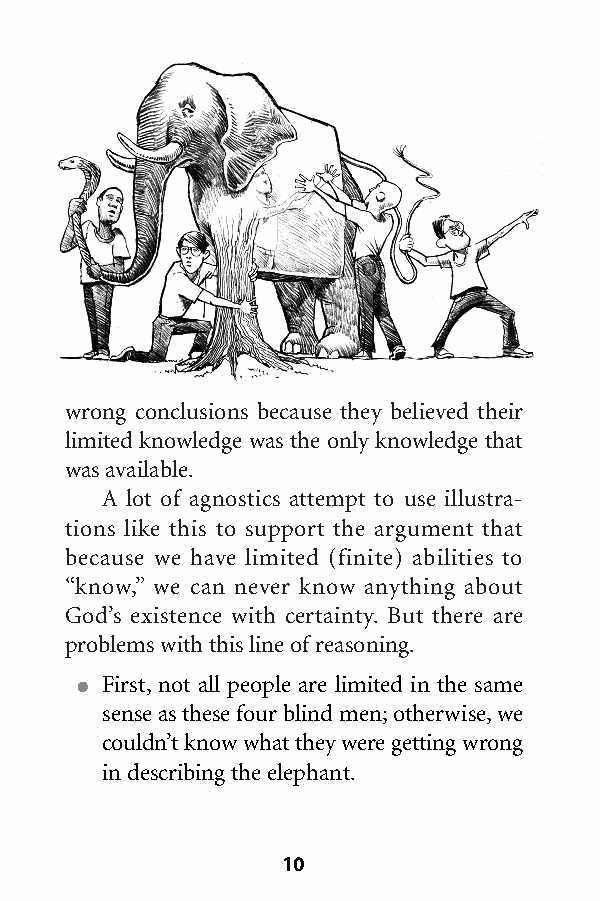
wrong conclusions because they believed their
 limited knowledge was the only knowledge that
 was available.
 A lot of agnostics attempt to use illustra-
 tions like this to support the argument that
 because we have limited (finite) abilities to
 “know,” we can never know anything about
 God’s existence with certainty. But there are
 problems with this line ofreasoning.
 ● First, not all people are limited in the same
 sense as these four blind men;otherwise,we
 couldn’t know what they were getting wrong
 in describing the elephant.
 10